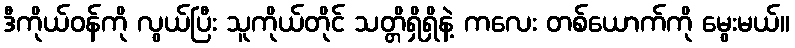
ဒီကိုယ်ဝန်ကို လွယ်ပြီး သူကိုယ်တိုင် သတ္တိရှိရှိနဲ့ ကလေး တစ်ယောက်ကို မွေးမယ်။